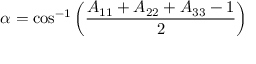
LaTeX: \alpha = \cos ^ { - 1 } \left( { \frac { A _ { 1 1 } + A _ { 2 2 } + A _ { 3 3 } - 1 } { 2 } } \right)